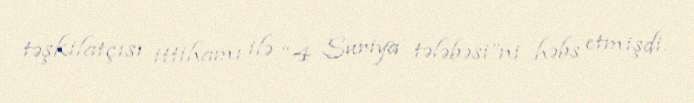
təşkilatçısı ittihamı ilə “4 Suriya tələbəsi”ni həbs etmişdi.